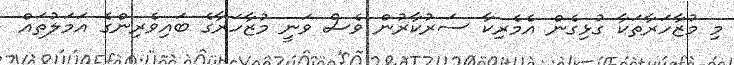
މި މުޒާހަރާތަކާ ގުޅިގެން އެމެރިކާ ސަރުކާރުން ވެސް ވަނީ މުޒާހަރާގެ ބައިވެރިންގެ އަމަލުތައް